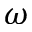
\omega